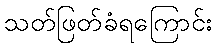
သတ်ဖြတ်ခံရကြောင်း